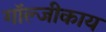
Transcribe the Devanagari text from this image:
गॉल्जीकाय